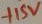
Text: -11SV